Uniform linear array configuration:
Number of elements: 4
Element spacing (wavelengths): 0.5
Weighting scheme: cosine
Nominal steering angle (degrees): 0
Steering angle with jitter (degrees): -0.1353
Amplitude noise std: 0.05
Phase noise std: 0.05

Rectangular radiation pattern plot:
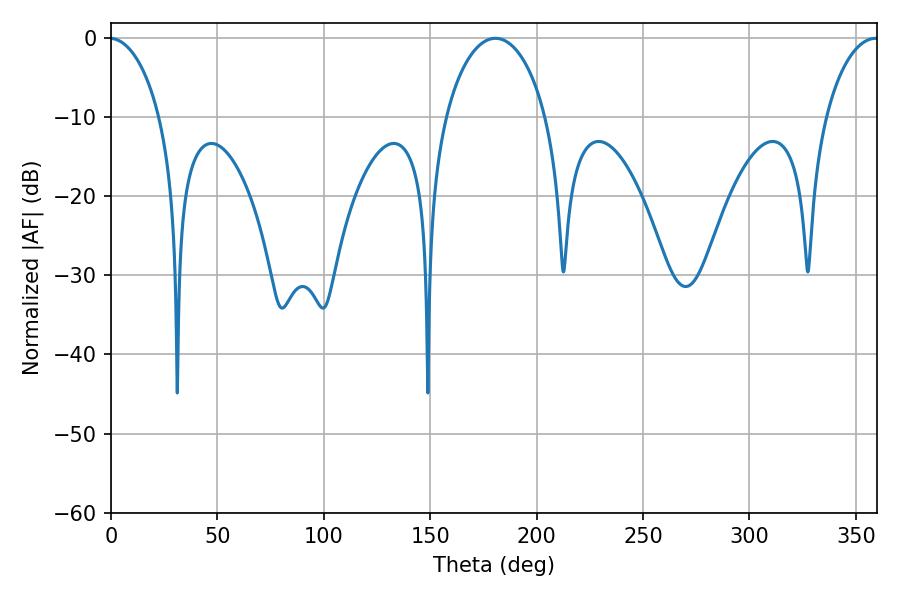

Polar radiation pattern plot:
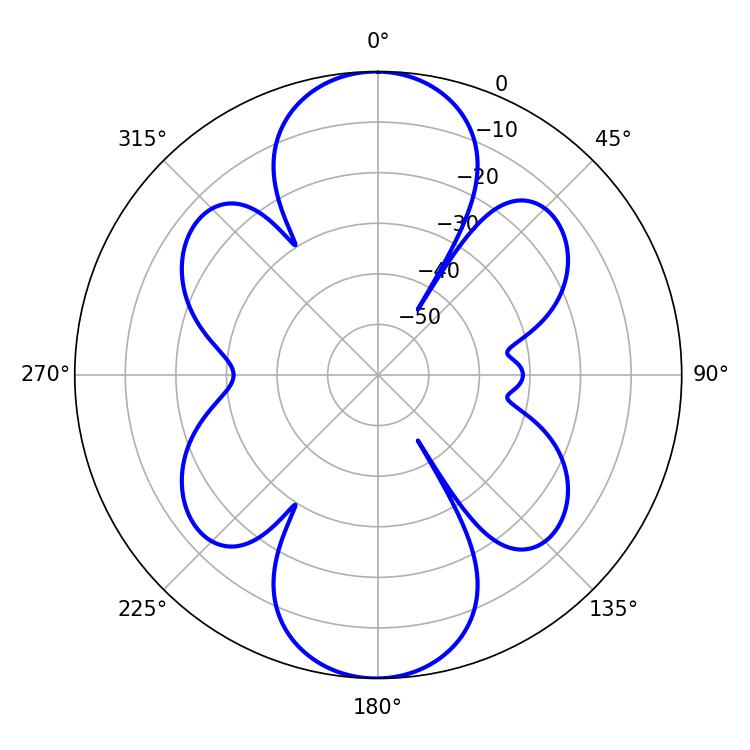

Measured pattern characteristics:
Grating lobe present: FALSE
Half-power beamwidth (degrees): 14.22
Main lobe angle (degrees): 359.28